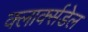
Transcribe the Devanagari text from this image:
क्लार्क्सडेल